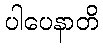
ပါပေနာတိ